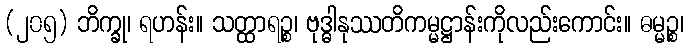
(၂၀၅) ဘိက္ခု၊ ရဟန်း။ သတ္ထာရဉ္စ၊ ဗုဒ္ဓါနုဿတိကမ္မဋ္ဌာန်းကိုလည်းကောင်း။ ဓမ္မဉ္စ၊